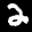
Label: 2